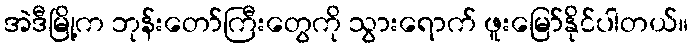
အဲဒီမြို့က ဘုန်းတော်ကြီးတွေကို သွားရောက် ဖူးမြော်နိုင်ပါတယ်။